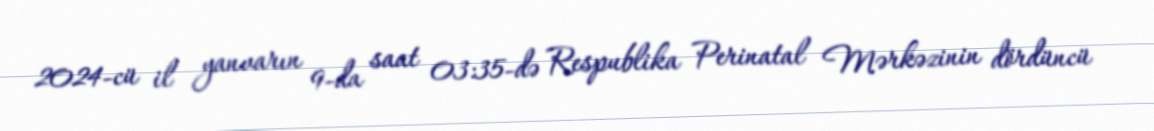
2024-cü il yanvarın 9-da saat 03:35-də Respublika Perinatal Mərkəzinin dördüncü